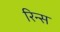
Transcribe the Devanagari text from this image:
रिन्स